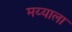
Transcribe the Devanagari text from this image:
मय्याला